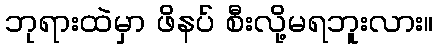
ဘုရားထဲမှာ ဖိနပ် စီးလို့မရဘူးလား။